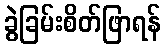
ခွဲခြမ်းစိတ်ဖြာရန်